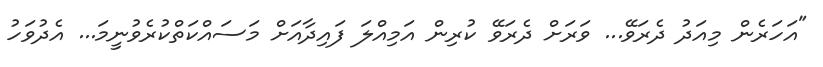
"އަހަރެން މިއަދު ދެރަވޭ... ވަރަށް ދެރަވޭ ކުރިން އަމިއްލަ ފައިދާއަށް މަސައްކަތްކުރެވުނީމަ... އެދުވަހު